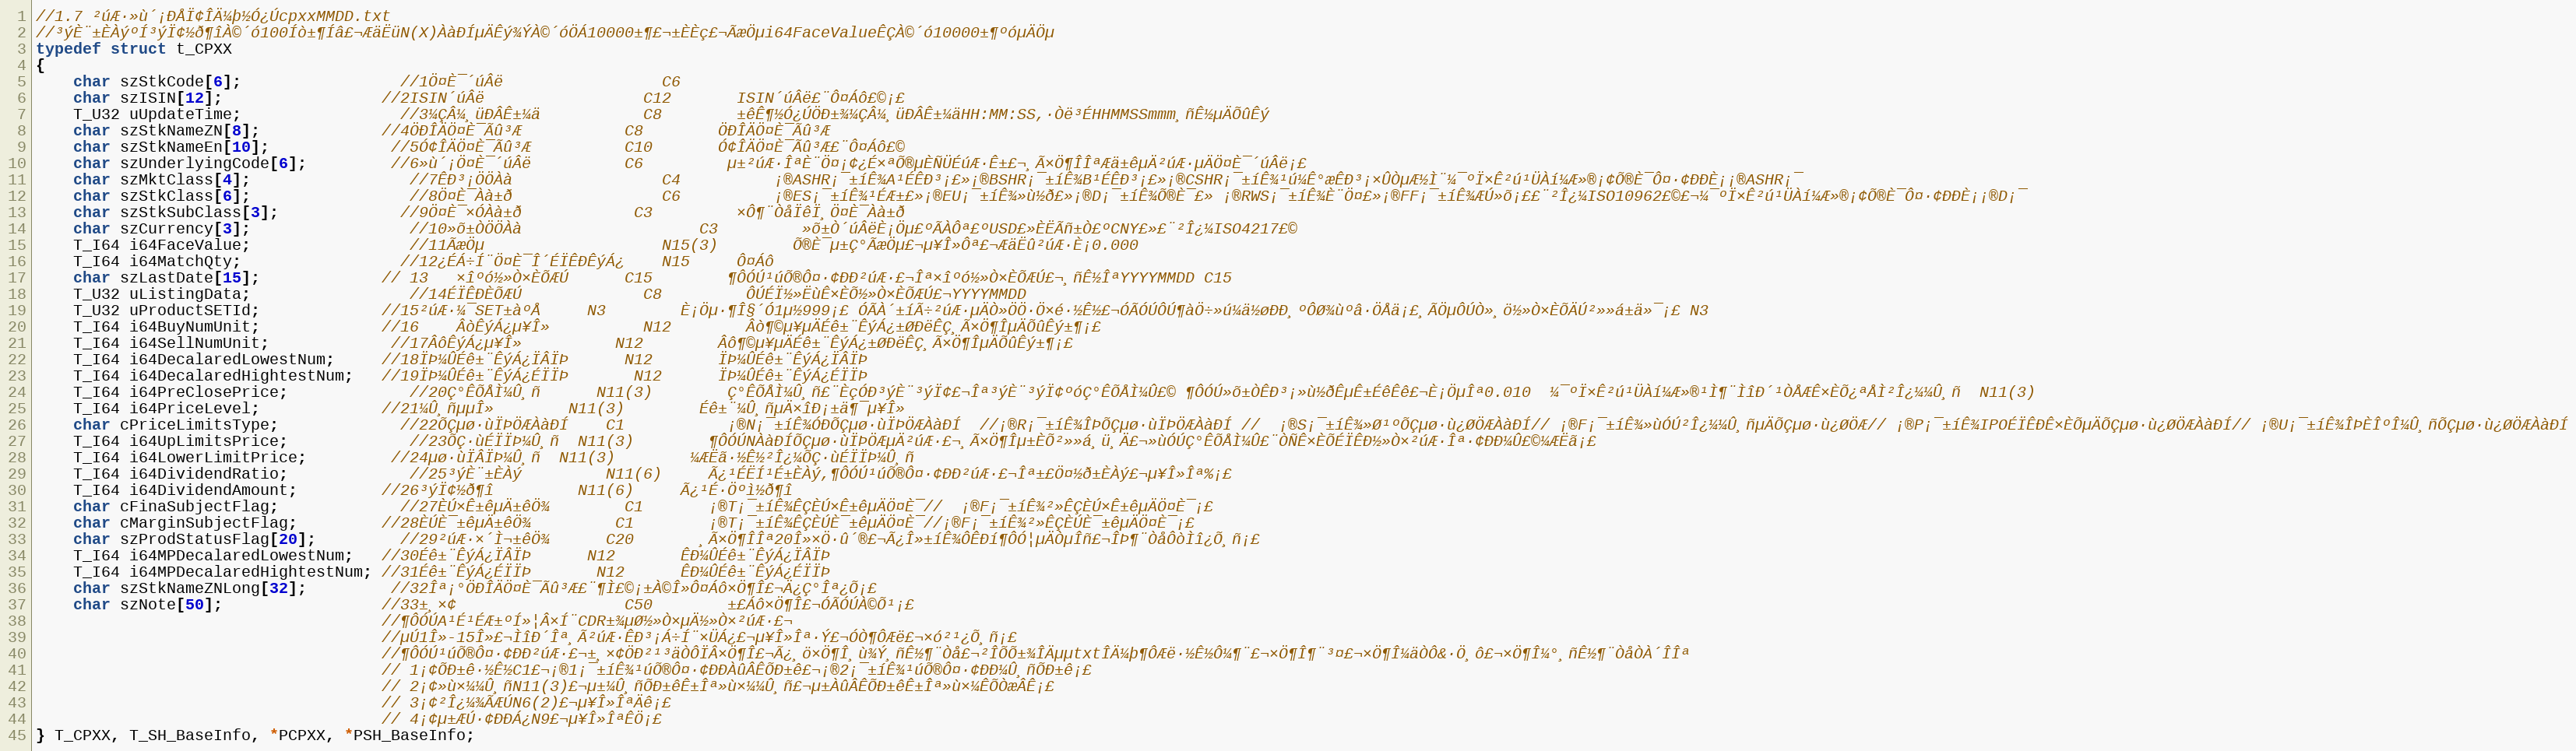
Language: C
//1.7 ²úÆ·»ù´¡ÐÅÏ¢ÎÄ¼þ½Ó¿ÚcpxxMMDD.txt
//³ýÈ¨±ÈÀýºÍ³ýÏ¢½ð¶îÀ©´ó100Íò±¶Íâ£¬ÆäËüN(X)ÀàÐÍµÄÊý¾ÝÀ©´óÖÁ10000±¶£¬±ÈÈç£¬ÃæÖµi64FaceValueÊÇÀ©´ó10000±¶ºóµÄÖµ
typedef struct t_CPXX
{
	char szStkCode[6];				 //1Ö¤È¯´úÂë	                C6
	char szISIN[12];				 //2ISIN´úÂë	                C12       ISIN´úÂë£¨Ô¤Áô£©¡£
	T_U32 uUpdateTime;				 //3¼ÇÂ¼¸üÐÂÊ±¼ä	          C8        ±êÊ¶½Ó¿ÚÖÐ±¾¼ÇÂ¼¸üÐÂÊ±¼äHH:MM:SS,·­Òë³ÉHHMMSSmmm¸ñÊ½µÄÕûÊý
	char szStkNameZN[8];			 //4ÖÐÎÄÖ¤È¯Ãû³Æ	          C8        ÖÐÎÄÖ¤È¯Ãû³Æ
	char szStkNameEn[10];			 //5Ó¢ÎÄÖ¤È¯Ãû³Æ	         C10       Ó¢ÎÄÖ¤È¯Ãû³Æ£¨Ô¤Áô£©
	char szUnderlyingCode[6];		 //6»ù´¡Ö¤È¯´úÂë	         C6         µ±²úÆ·ÎªÈ¨Ö¤¡¢¿É×ªÕ®µÈÑÜÉúÆ·Ê±£¬¸Ã×Ö¶ÎÎªÆä±êµÄ²úÆ·µÄÖ¤È¯´úÂë¡£
	char szMktClass[4];				 //7ÊÐ³¡ÖÖÀà	               C4          ¡®ASHR¡¯±íÊ¾A¹ÉÊÐ³¡£»¡®BSHR¡¯±íÊ¾B¹ÉÊÐ³¡£»¡®CSHR¡¯±íÊ¾¹ú¼Ê°æÊÐ³¡×ÛÒµÆ½Ì¨¼¯ºÏ×Ê²ú¹ÜÀí¼Æ»®¡¢Õ®È¯Ô¤·¢ÐÐÈ¡¡®ASHR¡¯
	char szStkClass[6];				 //8Ö¤È¯Àà±ð	               C6          ¡®ES¡¯±íÊ¾¹ÉÆ±£»¡®EU¡¯±íÊ¾»ù½ð£»¡®D¡¯±íÊ¾Õ®È¯£» ¡®RWS¡¯±íÊ¾È¨Ö¤£»¡®FF¡¯±íÊ¾ÆÚ»õ¡££¨²Î¿¼ISO10962£©£¬¼¯ºÏ×Ê²ú¹ÜÀí¼Æ»®¡¢Õ®È¯Ô¤·¢ÐÐÈ¡¡®D¡¯
	char szStkSubClass[3];			 //9Ö¤È¯×ÓÀà±ð	         C3         ×Ô¶¨ÒåÏêÏ¸Ö¤È¯Àà±ð
	char szCurrency[3];				 //10»õ±ÒÖÖÀà	               C3         »õ±Ò´úÂëÈ¡Öµ£ºÃÀÔª£ºUSD£»ÈËÃñ±Ò£ºCNY£»£¨²Î¿¼ISO4217£©
	T_I64 i64FaceValue;				 //11ÃæÖµ	               N15(3)        Õ®È¯µ±Ç°ÃæÖµ£¬µ¥Î»Ôª£¬ÆäËû²úÆ·È¡0.000
	T_I64 i64MatchQty;				 //12¿ÉÁ÷Í¨Ö¤È¯Î´ÉÏÊÐÊýÁ¿ 	N15 	Ô¤Áô
	char szLastDate[15];			 // 13	×îºó½»Ò×ÈÕÆÚ	  C15        ¶ÔÓÚ¹úÕ®Ô¤·¢ÐÐ²úÆ·£¬Îª×îºó½»Ò×ÈÕÆÚ£¬¸ñÊ½ÎªYYYYMMDD	C15
	T_U32 uListingData;				 //14ÉÏÊÐÈÕÆÚ	         C8         ÔÚÉÏ½»ËùÊ×ÈÕ½»Ò×ÈÕÆÚ£¬YYYYMMDD
	T_U32 uProductSETId;			 //15²úÆ·¼¯SET±àºÅ     N3        È¡Öµ·¶Î§´Ó1µ½999¡£ ÓÃÀ´±íÃ÷²úÆ·µÄÒ»ÖÖ·Ö×é·½Ê½£¬ÓÃÓÚÔÚ¶àÖ÷»ú¼ä½øÐÐ¸ºÔØ¾ùºâ·ÖÅä¡£¸ÃÖµÔÚÒ»¸ö½»Ò×ÈÕÄÚ²»»á±ä»¯¡£	N3
	T_I64 i64BuyNumUnit;			 //16	ÂòÊýÁ¿µ¥Î»	        N12        Âò¶©µ¥µÄÉê±¨ÊýÁ¿±ØÐëÊÇ¸Ã×Ö¶ÎµÄÕûÊý±¶¡£
	T_I64 i64SellNumUnit;			 //17ÂôÊýÁ¿µ¥Î»	        N12        Âô¶©µ¥µÄÉê±¨ÊýÁ¿±ØÐëÊÇ¸Ã×Ö¶ÎµÄÕûÊý±¶¡£
	T_I64 i64DecalaredLowestNum;	 //18ÏÞ¼ÛÉê±¨ÊýÁ¿ÏÂÏÞ      N12	    ÏÞ¼ÛÉê±¨ÊýÁ¿ÏÂÏÞ
	T_I64 i64DecalaredHightestNum;   //19ÏÞ¼ÛÉê±¨ÊýÁ¿ÉÏÏÞ       N12	    ÏÞ¼ÛÉê±¨ÊýÁ¿ÉÏÏÞ
	T_I64 i64PreClosePrice;			 //20Ç°ÊÕÅÌ¼Û¸ñ	    N11(3)        Ç°ÊÕÅÌ¼Û¸ñ£¨ÈçÓÐ³ýÈ¨³ýÏ¢£¬Îª³ýÈ¨³ýÏ¢ºóÇ°ÊÕÅÌ¼Û£© ¶ÔÓÚ»õ±ÒÊÐ³¡»ù½ðÊµÊ±ÉêÊê£¬È¡ÖµÎª0.010  ¼¯ºÏ×Ê²ú¹ÜÀí¼Æ»®¹Ì¶¨ÌîÐ´¹ÒÅÆÊ×ÈÕ¿ªÅÌ²Î¿¼¼Û¸ñ	N11(3)
	T_I64 i64PriceLevel;			 //21¼Û¸ñµµÎ»	    N11(3)        Éê±¨¼Û¸ñµÄ×îÐ¡±ä¶¯µ¥Î»
	char cPriceLimitsType;			 //22ÕÇµø·ùÏÞÖÆÀàÐÍ    C1           ¡®N¡¯±íÊ¾ÓÐÕÇµø·ùÏÞÖÆÀàÐÍ  //¡®R¡¯±íÊ¾ÎÞÕÇµø·ùÏÞÖÆÀàÐÍ //  ¡®S¡¯±íÊ¾»Ø¹ºÕÇµø·ù¿ØÖÆÀàÐÍ// ¡®F¡¯±íÊ¾»ùÓÚ²Î¿¼¼Û¸ñµÄÕÇµø·ù¿ØÖÆ// ¡®P¡¯±íÊ¾IPOÉÏÊÐÊ×ÈÕµÄÕÇµø·ù¿ØÖÆÀàÐÍ// ¡®U¡¯±íÊ¾ÎÞÈÎºÎ¼Û¸ñÕÇµø·ù¿ØÖÆÀàÐÍ
	T_I64 i64UpLimitsPrice;			 //23ÕÇ·ùÉÏÏÞ¼Û¸ñ  N11(3)	    ¶ÔÓÚNÀàÐÍÕÇµø·ùÏÞÖÆµÄ²úÆ·£¬¸Ã×Ö¶Îµ±ÈÕ²»»á¸ü¸Ä£¬»ùÓÚÇ°ÊÕÅÌ¼Û£¨ÒÑÊ×ÈÕÉÏÊÐ½»Ò×²úÆ·Îª·¢ÐÐ¼Û£©¼ÆËã¡£
	T_I64 i64LowerLimitPrice;		 //24µø·ùÏÂÏÞ¼Û¸ñ  N11(3)	    ¼ÆËã·½Ê½²Î¿¼ÕÇ·ùÉÏÏÞ¼Û¸ñ
	T_I64 i64DividendRatio;			 //25³ýÈ¨±ÈÀý         N11(6)	    Ã¿¹ÉËÍ¹É±ÈÀý,¶ÔÓÚ¹úÕ®Ô¤·¢ÐÐ²úÆ·£¬Îª±£Ö¤½ð±ÈÀý£¬µ¥Î»Îª%¡£
	T_I64 i64DividendAmount;		 //26³ýÏ¢½ð¶î         N11(6)	    Ã¿¹É·Öºì½ð¶î
	char cFinaSubjectFlag;			 //27ÈÚ×Ê±êµÄ±êÖ¾        C1	     ¡®T¡¯±íÊ¾ÊÇÈÚ×Ê±êµÄÖ¤È¯//  ¡®F¡¯±íÊ¾²»ÊÇÈÚ×Ê±êµÄÖ¤È¯¡£
	char cMarginSubjectFlag;		 //28ÈÚÈ¯±êµÄ±êÖ¾         C1        ¡®T¡¯±íÊ¾ÊÇÈÚÈ¯±êµÄÖ¤È¯//¡®F¡¯±íÊ¾²»ÊÇÈÚÈ¯±êµÄÖ¤È¯¡£
	char szProdStatusFlag[20];		 //29²úÆ·×´Ì¬±êÖ¾      C20       ¸Ã×Ö¶ÎÎª20Î»×Ö·û´®£¬Ã¿Î»±íÊ¾ÔÊÐí¶ÔÓ¦µÄÒµÎñ£¬ÎÞ¶¨ÒåÔòÌî¿Õ¸ñ¡£
	T_I64 i64MPDecalaredLowestNum;   //30Éê±¨ÊýÁ¿ÏÂÏÞ      N12	    ÊÐ¼ÛÉê±¨ÊýÁ¿ÏÂÏÞ
	T_I64 i64MPDecalaredHightestNum; //31Éê±¨ÊýÁ¿ÉÏÏÞ       N12	    ÊÐ¼ÛÉê±¨ÊýÁ¿ÉÏÏÞ
	char szStkNameZNLong[32];		 //32Îª¡°ÖÐÎÄÖ¤È¯Ãû³Æ£¨¶Ì£©¡±À©Î»Ô¤Áô×Ö¶Î£¬Ä¿Ç°Îª¿Õ¡£
	char szNote[50];				 //33±¸×¢                  C50	     ±£Áô×Ö¶Î£¬ÓÃÓÚÀ©Õ¹¡£
									 //¶ÔÓÚA¹É¹ÉÆ±ºÍ»¦Â×Í¨CDR±¾µØ½»Ò×µÄ½»Ò×²úÆ·£¬
									 //µÚ1Î»-15Î»£¬ÌîÐ´Îª¸Ã²úÆ·ÊÐ³¡Á÷Í¨×ÜÁ¿£¬µ¥Î»Îª·Ý£¬ÓÒ¶ÔÆë£¬×ó²¹¿Õ¸ñ¡£
									 //¶ÔÓÚ¹úÕ®Ô¤·¢ÐÐ²úÆ·£¬±¸×¢ÖÐ²¹³äÒÔÏÂ×Ö¶Î£¬Ã¿¸ö×Ö¶Î¸ù¾Ý¸ñÊ½¶¨Òå£¬²ÎÕÕ±¾ÎÄµµtxtÎÄ¼þ¶ÔÆë·½Ê½Ô¼¶¨£¬×Ö¶Î¶¨³¤£¬×Ö¶Î¼äÒÔ&·Ö¸ô£¬×Ö¶Î¼°¸ñÊ½¶¨ÒåÒÀ´ÎÎª
									 // 1¡¢ÕÐ±ê·½Ê½C1£¬¡®1¡¯±íÊ¾¹úÕ®Ô¤·¢ÐÐÀûÂÊÕÐ±ê£¬¡®2¡¯±íÊ¾¹úÕ®Ô¤·¢ÐÐ¼Û¸ñÕÐ±ê¡£
									 // 2¡¢»ù×¼¼Û¸ñN11(3)£¬µ±¼Û¸ñÕÐ±êÊ±Îª»ù×¼¼Û¸ñ£¬µ±ÀûÂÊÕÐ±êÊ±Îª»ù×¼ÊÕÒæÂÊ¡£
									 // 3¡¢²Î¿¼¾ÃÆÚN6(2)£¬µ¥Î»ÎªÄê¡£
									 // 4¡¢µ±ÆÚ·¢ÐÐÁ¿N9£¬µ¥Î»ÎªÊÖ¡£
} T_CPXX, T_SH_BaseInfo, *PCPXX, *PSH_BaseInfo;